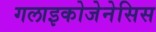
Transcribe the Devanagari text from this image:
गलाइकोजेनेसिस